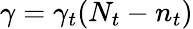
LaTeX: \gamma=\gamma_{t}(N_{t}-n_{t})